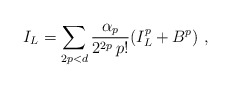
\begin{align*}I_{L} = \sum_{2p<d} \frac{\alpha_p}{2^{2p} \, p! } (I_{L}^p +B^p) \ ,\end{align*}